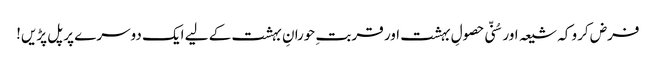
فرض کرو کہ شیعہ اور سُنّی حصولِ بہشت اور قربتِ حورانِ بہشت کے لیے ایک دوسرے پر پل پڑیں!